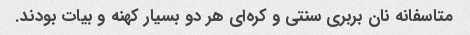
متاسفانه نان بربری سنتی و کره‌ای هر دو بسیار کهنه و بیات بودند.